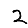
Digit: 2